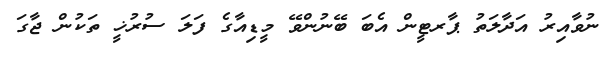
ނުވާއިރު އަދާލަތު ޕާރޓީން އެބަ ބޭނުންވޭ މީޑިއާގެ ފަލަ ސުރުޚީ ތަކުން ޖާގަ